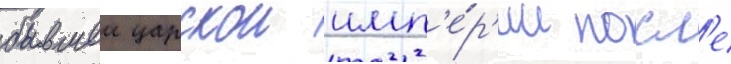
бывшеи царскои имп'е́р'ии посл'е